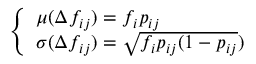
\left\{ \begin{array} { l l } { \mu ( \Delta f _ { i j } ) = f _ { i } p _ { i j } } \\ { \sigma ( \Delta f _ { i j } ) = \sqrt { f _ { i } p _ { i j } ( 1 - p _ { i j } } ) } \end{array} \right.